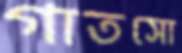
গাতসো